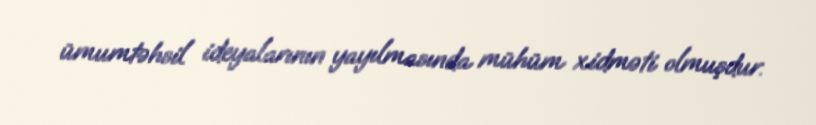
ümumtəhsil ideyalarının yayılmasında mühüm xidməti olmuşdur.